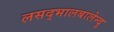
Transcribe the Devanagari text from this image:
लसद्भालबालेन्दु